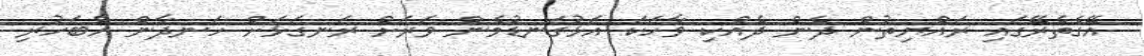
އޭގެތެރޭގައި ރައްޔިތުން ދެން ދެއްކި ވާހަކަ އަޅުގަނޑުމެން ވަރަށް ރަނގަޅަށް ހަނދާން އެބަހުރި